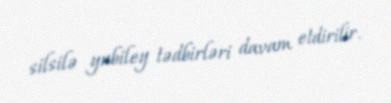
silsilə yubiley tədbirləri davam etdirilir.